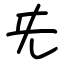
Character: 兂